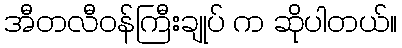
အီတလီဝန်ကြီးချုပ် က ဆိုပါတယ်။